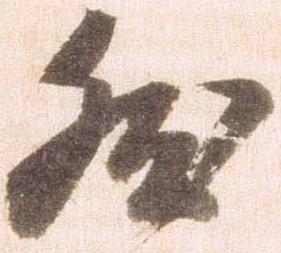
然